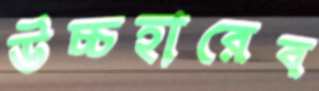
উচ্চহারেব